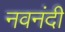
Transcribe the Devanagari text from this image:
नवनंदी